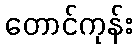
တောင်ကုန်း